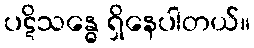
ပဋိသန္ဓေ ရှိနေပါတယ်။